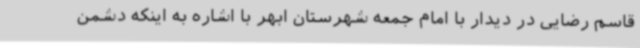
قاسم رضایی در دیدار با امام جمعه شهرستان ابهر با اشاره به اینکه دشمن